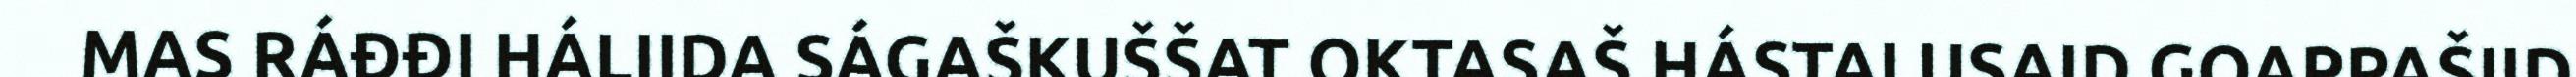
MAS RÁĐĐI HÁLIIDA SÁGAŠKUŠŠAT OKTASAŠ HÁSTALUSAID GOAPPAŠIID